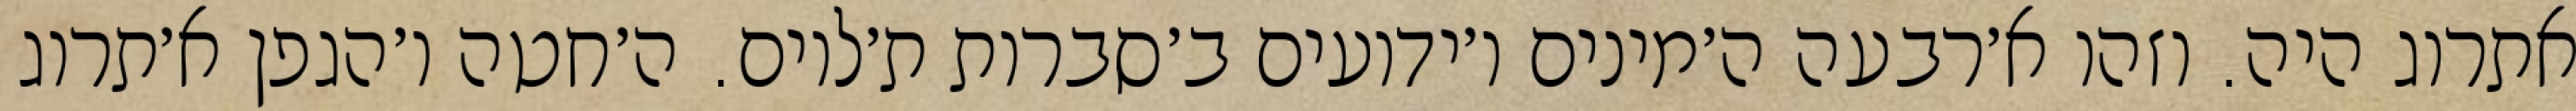
אתרוג היה. וזהו א׳רבעה ה׳מינים ו׳ידועים ב׳סברות ת׳לוים. ה׳חטה ו׳הגפן א׳תרוג